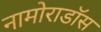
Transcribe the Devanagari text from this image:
नामोराडॉस